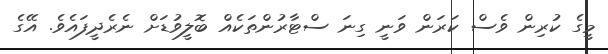
މީގެ ކުރިން ވެސް ކަރަން ވަނީ ގިނަ ސްޓާރުންތަކެއް ބޮލީވުޑަށް ނެރެދީފައެވެ. އޭގެ